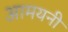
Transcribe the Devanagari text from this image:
आमयनी